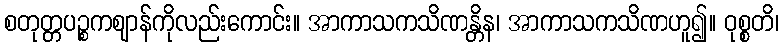
စတုတ္တပဉ္စကဈာန်ကိုလည်းကောင်း။ အာကာသကသိဏန္တိန၊ အာကာသကသိဏဟူ၍။ ဝုစ္စတိ၊